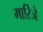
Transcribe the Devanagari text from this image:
मारिजे